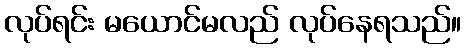
လုပ်ရင်း မယောင်မလည် လုပ်နေရသည်။